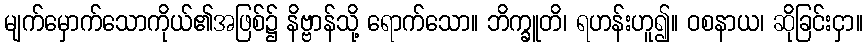
မျက်မှောက်သောကိုယ်၏အဖြစ်၌ နိဗ္ဗာန်သို့ ရောက်သော။ ဘိက္ခူတိ၊ ရဟန်းဟူ၍။ ဝစနာယ၊ ဆိုခြင်းငှာ။